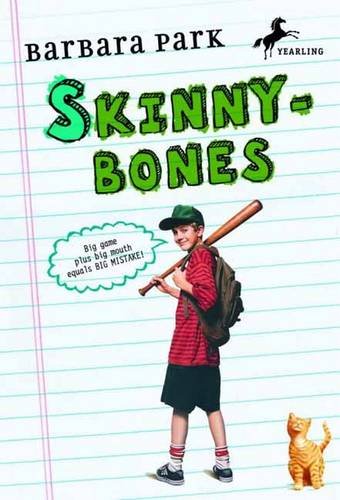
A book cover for Skinnybones; Barbara Park; Children's Books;